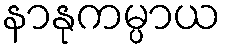
နာနုကမ္ပာယ